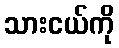
သားငယ်ကို